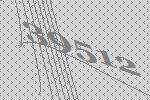
39512